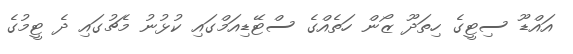
އައްޑޫ ސިޓީގެ ހިތަދޫ ޒޯން ހަތެއްގެ ސްޓޭޑިއަމްގައި ކުޅުނު މެޗުގައި ދެ ޓީމުގެ